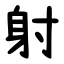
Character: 射